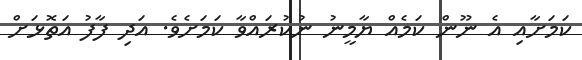
ކަމަށާއި އެ ނޫން ކަމެއް ޔާމީނު ނުކުރައްވާ ކަމަށެވެ. އަދި ފާފު އަތޮޅަށް